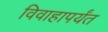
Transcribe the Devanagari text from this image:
विवाहापर्यंत